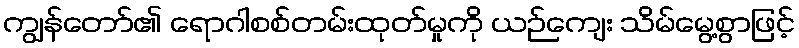
ကျွန်တော်၏ ရောဂါစစ်တမ်းထုတ်မှုကို ယဉ်ကျေး သိမ်မွေ့စွာဖြင့်